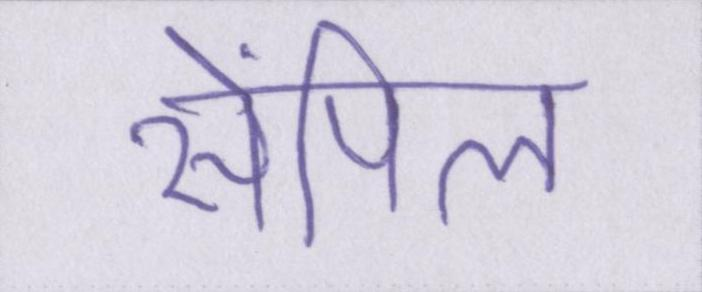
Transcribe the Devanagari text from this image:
सेंपिल